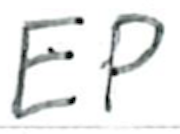
Text: EP
Cross-out: clean
Writing tool: ballpoint